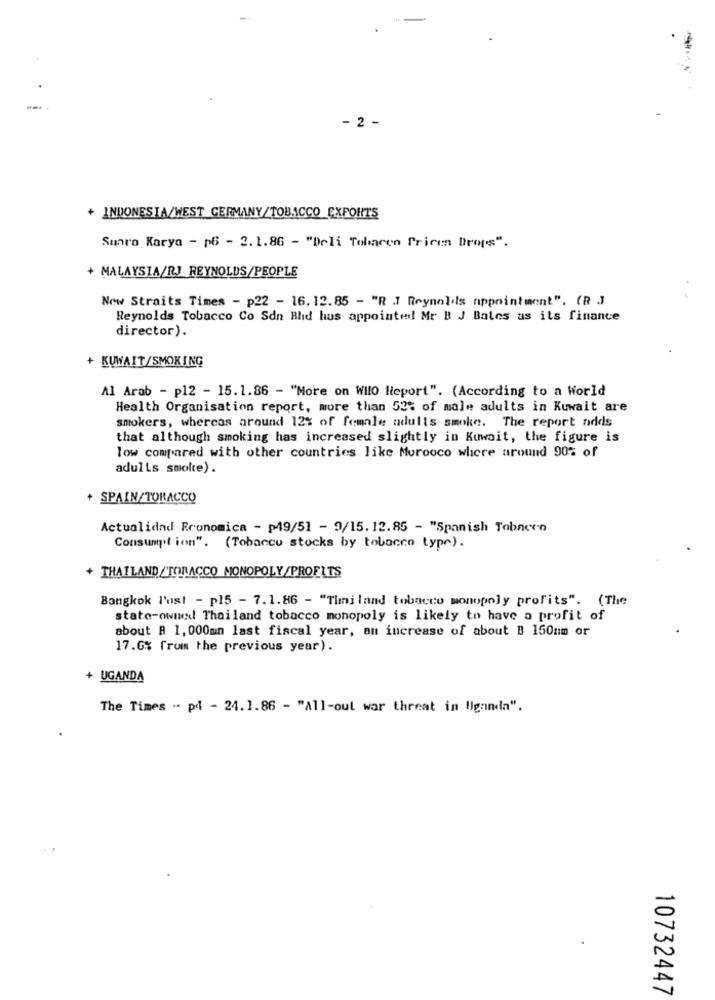
-
- 2 -
+ INDONESIA/WEST GERMANY/TOBACCO EXPORTS
Sunro Karya - p6 - 2.1.86 - "Deli Tobacco Prices Drops".
+ MALAYSIA/R.J REYNOLDS/PEOPLE
New Straits Times - p22 - 16. 12.85 - "R .J Reynolds appointment". (R )
Reynolds Tobacco Co Sdn Bhd hus appointed Mr B J Bales as its finance
director).
+ KUWAIT/SMOKING
Al Arab - p12 - 15.1.86 - "More on WIIO Report". (According to a World
Health Organisation report, more than 52% of male adults in Kuwait are
smokers, whereas around 12% of female adults smoke. The report adds
that although smoking has increased slightly in Kuwait, the figure is
low compared with other countries like Murooco where around 90% of
adults smolte).
+ SPAIN/TORACCO
Actualidad Economica - p49/51 - 9/15.12.85 - "Spanish Tabnero
Consumption". (Tobacco stocks by tobacco type).
+ THAILAND/TORACCO MONOPOLY/PROFLTS
Bangkok l'ost - p15 - 7.1.86 - "Thailand tobacco monopoly profits". (The
state-owned Thailand tobacco monopoly is likely to have a profit of
about A 1,000min last fiscal year, an increase of about B 150um or
17.6% from the previous year).
+ UGANDA
The Times - p4 - 24.1.86 - "All-out war threat in Uganda".
10732447